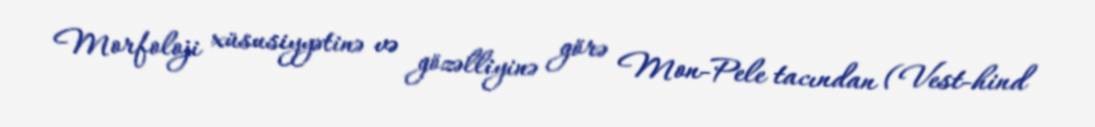
Morfoloji xüsusiyyətinə və gözəlliyinə görə Mon-Pele tacından (Vest-hind